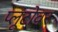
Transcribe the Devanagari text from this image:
प्लूटोवर